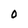
Character: 0